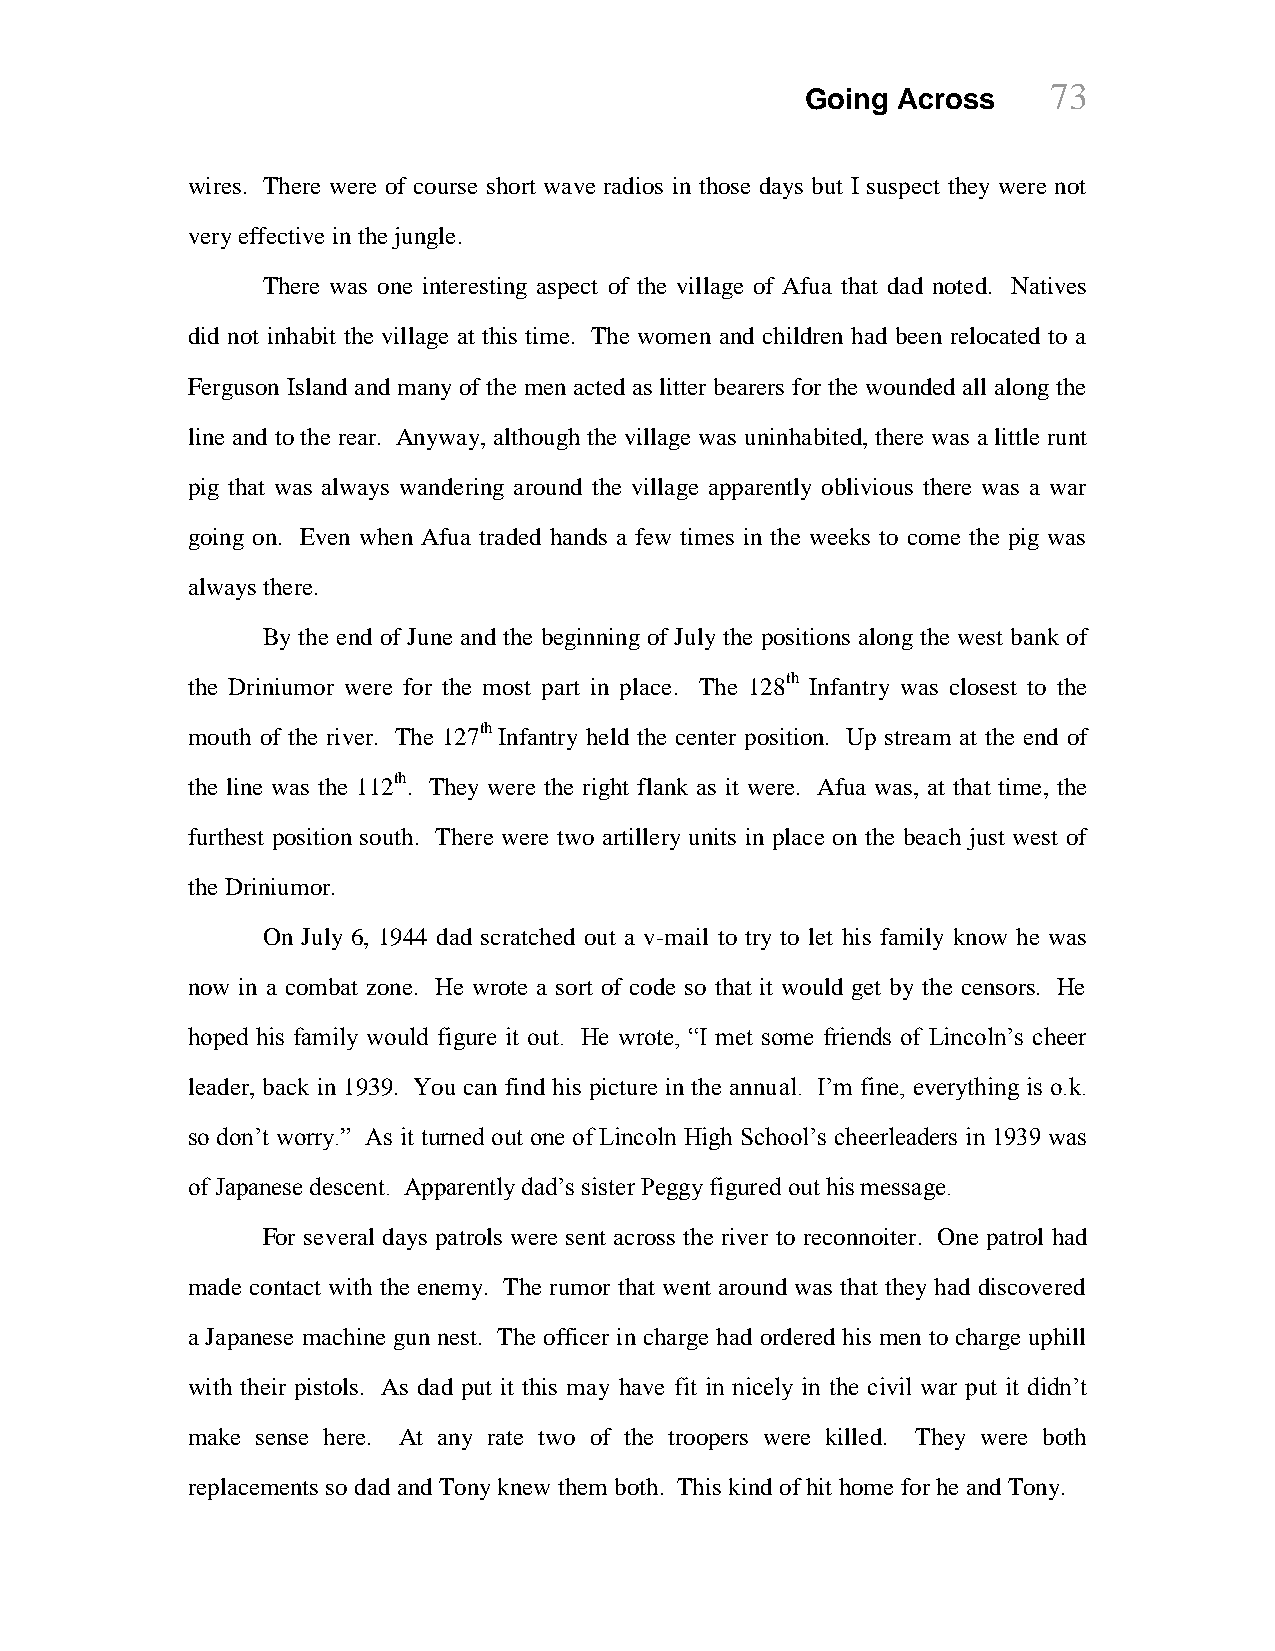
73
 Going Across
 wires. There were of course short wave radios in those days but I suspect they were not
 very effective in the jungle.
 There was one interesting aspect of the village of Afua that dad noted. Natives
 did not inhabit the village at this time. The women and children had been relocated to a
 Ferguson Island and many of the men acted as litter bearers for the wounded all along the
 line and to the rear. Anyway, although the village was uninhabited, there was a little runt
 pig that was always wandering around the village apparently oblivious there was a war
 going on. Even when Afua traded hands a few times in the weeks to come the pig was
 always there.
 By the end of June and the beginning of July the positions along the west bank of
 the Driniumor were for the most part in place. The 128th Infantry was closest to the
 mouth of the river. The 127th Infantry held the center position. Up stream at the end of
 the line was the 112th. They were the right flank as it were. Afua was, at that time, the
 furthest position south. There were two artillery units in place on the beach just west of
 the Driniumor.
 On July 6, 1944 dad scratched out a v-mail to try to let his family know he was
 now in a combat zone. He wrote a sort of code so that it would get by the censors. He
 hoped his family would figure it out. He wrote, “I met some friends of Lincoln‟s cheer
 leader, back in 1939. You can find his picture in the annual. I‟m fine, everything is o.k.
 so don‟t worry.” As it turned out one of Lincoln High School‟s cheerleaders in 1939 was
 of Japanese descent. Apparently dad‟s sister Peggy figured out his message.
 For several days patrols were sent across the river to reconnoiter. One patrol had
 made contact with the enemy. The rumor that went around was that they had discovered
 a Japanese machine gun nest. The officer in charge had ordered his men to charge uphill
 with their pistols. As dad put it this may have fit in nicely in the civil war put it didn‟t
 make sense here. At any rate two of the troopers were killed. They were both
 replacements so dad and Tony knew them both. This kind of hit home for he and Tony.